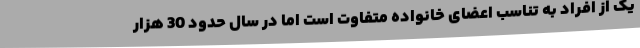
یک از افراد به تناسب اعضای خانواده متفاوت است اما در سال حدود 30 هزار